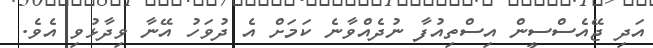
އަދި ޖޭއެސްސީން އިސްތިއުފާ ނުދެއްވާނެ ކަމަށް އެ ދުވަހު އޭނާ ވިދާޅުވި އެވެ.